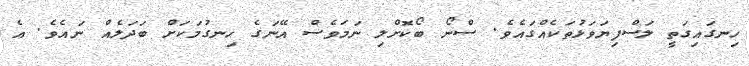
ހިނގައިގަތީ ލަސްފިޔަވަޅުތަކެއްގައެވެ. ސްނޯ ބޯކޮށްލި ނަމަވެސް އޭނަގެ ހިނގުމަކަށް ބަދަލެއް ނައެވެ. އެ